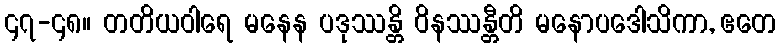
၄၇-၄၈။ တတိယဝါရေ မနေန ပဒုဿန္တိ ဝိနဿန္တီတိ မနောပဒေါသိကာ, ဧတေ